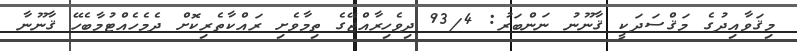
މިޤަވާއިދުގެ މަޤްސަދަކީ ޤާނޫނު ނަންބަރު: 93/4 ދިވެހިރާއްޖޭގެ ތިމާވެށި ރައްކާތެރިކޮށް ދެމެހެއްޓުމާބެހޭ ޤާނޫނާ